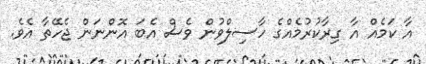
އާ ކަމެއް އާ ގިރާކުރުމެއްގެ ހާސިލްވުން ވެސް އެބަ އޮންނަން ޖެހޭތާ އެވެ.